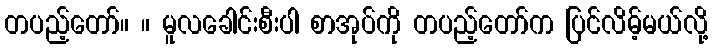
တပည့်တော်။ ။ မူလခေါင်းစီးပါ စာအုပ်ကို တပည့်တော်က ပြင်လိမ့်မယ်လို့